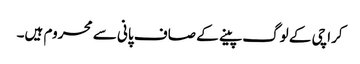
کراچی کے لوگ پینے کے صاف پانی سے محروم ہیں۔